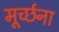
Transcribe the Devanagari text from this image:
मूर्च्छना